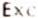
EXC